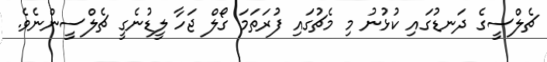
ޗެލްސީގެ ދަނޑުގައި ކުޅުނު މި މެޗުގައި ފުރަތަމަ ގޯލް ޖަހާ ލީޑުނެގީ ޗެލްސީންނެވެ.